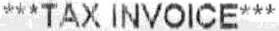
***TAX INVOICE***